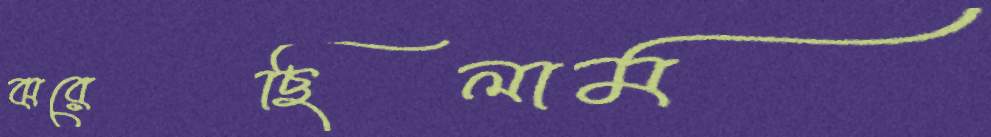
ঝরেছিলাম